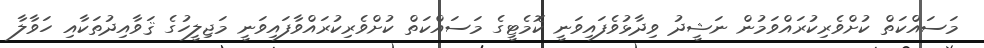
މަސައްކަތް ކުށްވެރިކުރައްވަމުން ނަޝީދު ވިދާޅުވެފައިވަނީ ކޮމެޓީގެ މަސައްކަތް ކުށްވެރިކުރައްވާފައިވަނީ މަޖިލީހުގެ ޤަވާއިދުތަކާއި ހަވާލާ